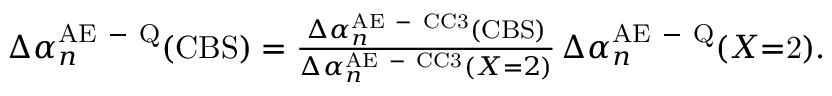
\begin{array} { r } { \Delta \alpha _ { n } ^ { \mathrm { A E \mathrm { ~ - ~ } Q } } ( \mathrm { C B S } ) = \frac { \Delta \alpha _ { n } ^ { \mathrm { A E \mathrm { ~ - ~ } C C 3 } } ( \mathrm { C B S } ) } { \Delta \alpha _ { n } ^ { \mathrm { A E \mathrm { ~ - ~ } C C 3 } } ( X \mathrm { = } 2 ) } \, \Delta \alpha _ { n } ^ { \mathrm { A E \mathrm { ~ - ~ } Q } } ( X \mathrm { \mathrm { = } 2 } ) . } \end{array}